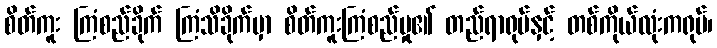
စိတ်ကူး ကြံစည်ခိုက် ကြံသိခိုက်မှာ စိတ်ကူးကြံစည်မှု၏ တည်ရာရုပ်နှင့် တစ်ကိုယ်လုံးကရုပ်၊